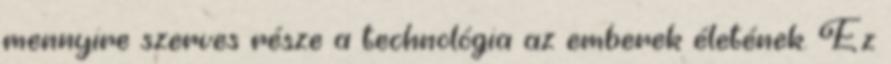
mennyire szerves része a technológia az emberek életének. Ez